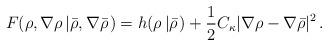
LaTeX: \begin{align*}F(\rho, \nabla\rho\left | \bar \rho, \nabla\bar \rho \right. ) = h(\rho \left | \bar \rho \right. ) + \frac{1}{2}C_\kappa|\nabla \rho - \nabla\bar\rho|^2 \, .\end{align*}